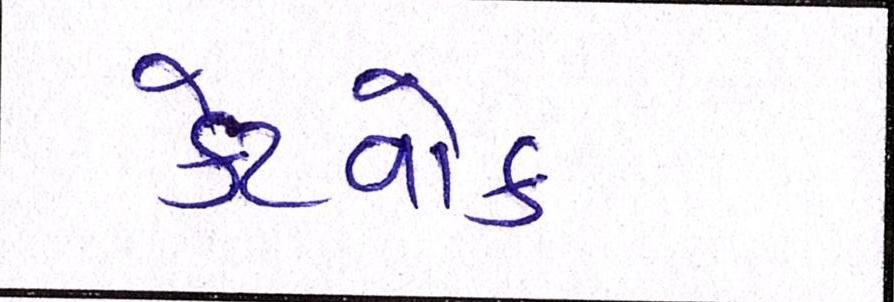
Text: કેટવોક